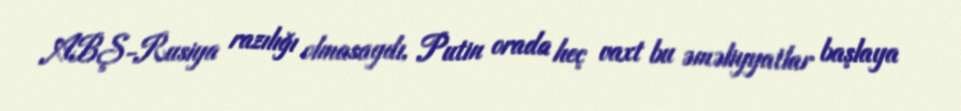
ABŞ-Rusiya razılığı olmasaydı, Putin orada heç vaxt bu əməliyyatlar başlaya